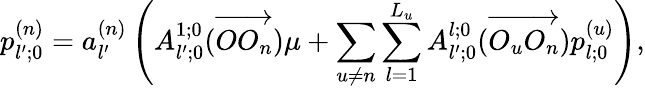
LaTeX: p_{l^{\prime};0}^{(n)}=a_{l^{\prime}}^{(n)}\left(A_{l^{\prime};0}^{1;0}(\overrightarrow{OO_{n}})\mu+\sum_{u\neq n}\sum_{l=1}^{L_{u}}A_{l^{\prime};0}^{l;0}(\overrightarrow{O_{u}O_{n}})p_{l;0}^{(u)}\right),